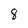
Character: 8